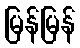
မြန်မြန်